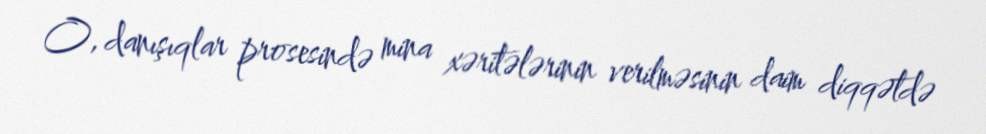
O, danışıqlar prosesində mina xəritələrinin verilməsinin daim diqqətdə